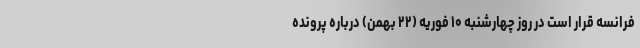
فرانسه قرار است در روز چهارشنبه ۱۰ فوریه (۲۲ بهمن) درباره پرونده